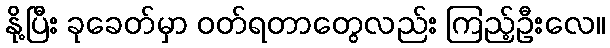
နို့ပြီး ခုခေတ်မှာ ဝတ်ရတာတွေလည်း ကြည့်ဦးလေ။